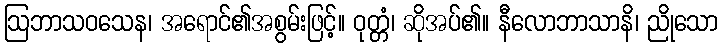
ဩဘာသဝသေန၊ အရောင်၏အစွမ်းဖြင့်။ ဝုတ္တံ၊ ဆိုအပ်၏။ နီလောဘာသာနိ၊ ညိုသော